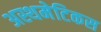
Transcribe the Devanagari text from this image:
अस्थमेटिकस